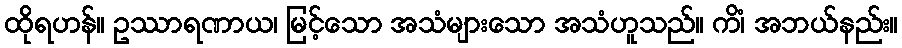
ထိုရဟန်။ ဥဿာရဏာယ၊ မြင့်သော အသံများသော အသံဟူသည်။ ကိံ၊ အဘယ်နည်း။